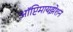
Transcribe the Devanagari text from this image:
ऑप्टिमायझेशन